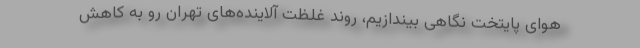
هوای پایتخت نگاهی بیندازیم، روند غلظت آلاینده‌های تهران رو به کاهش